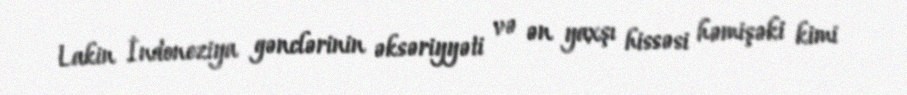
Lakin İndoneziya gənclərinin əksəriyyəti və ən yaxşı hissəsi həmişəki kimi